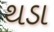
થડા